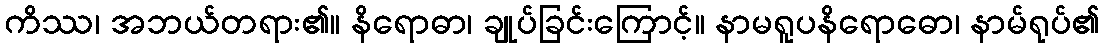
ကိဿ၊ အဘယ်တရား၏။ နိရောဓာ၊ ချုပ်ခြင်းကြောင့်။ နာမရူပနိရောဓော၊ နာမ်ရုပ်၏